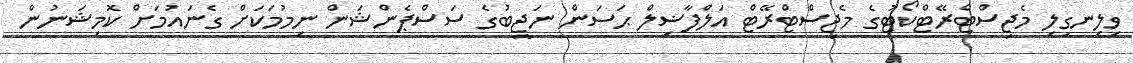
ވިލިނގިލި މެޖިސްޓްރޭޓްކޯޓުގެ މެޖިސްޓްރޭޓް އަލްފާޟިލް ޙަސަން ނަޖީބުގެ ސަސްޕެންޝަން ނިމުމަކަށް ގެނައުމަށް ކޮމިޝަނުން